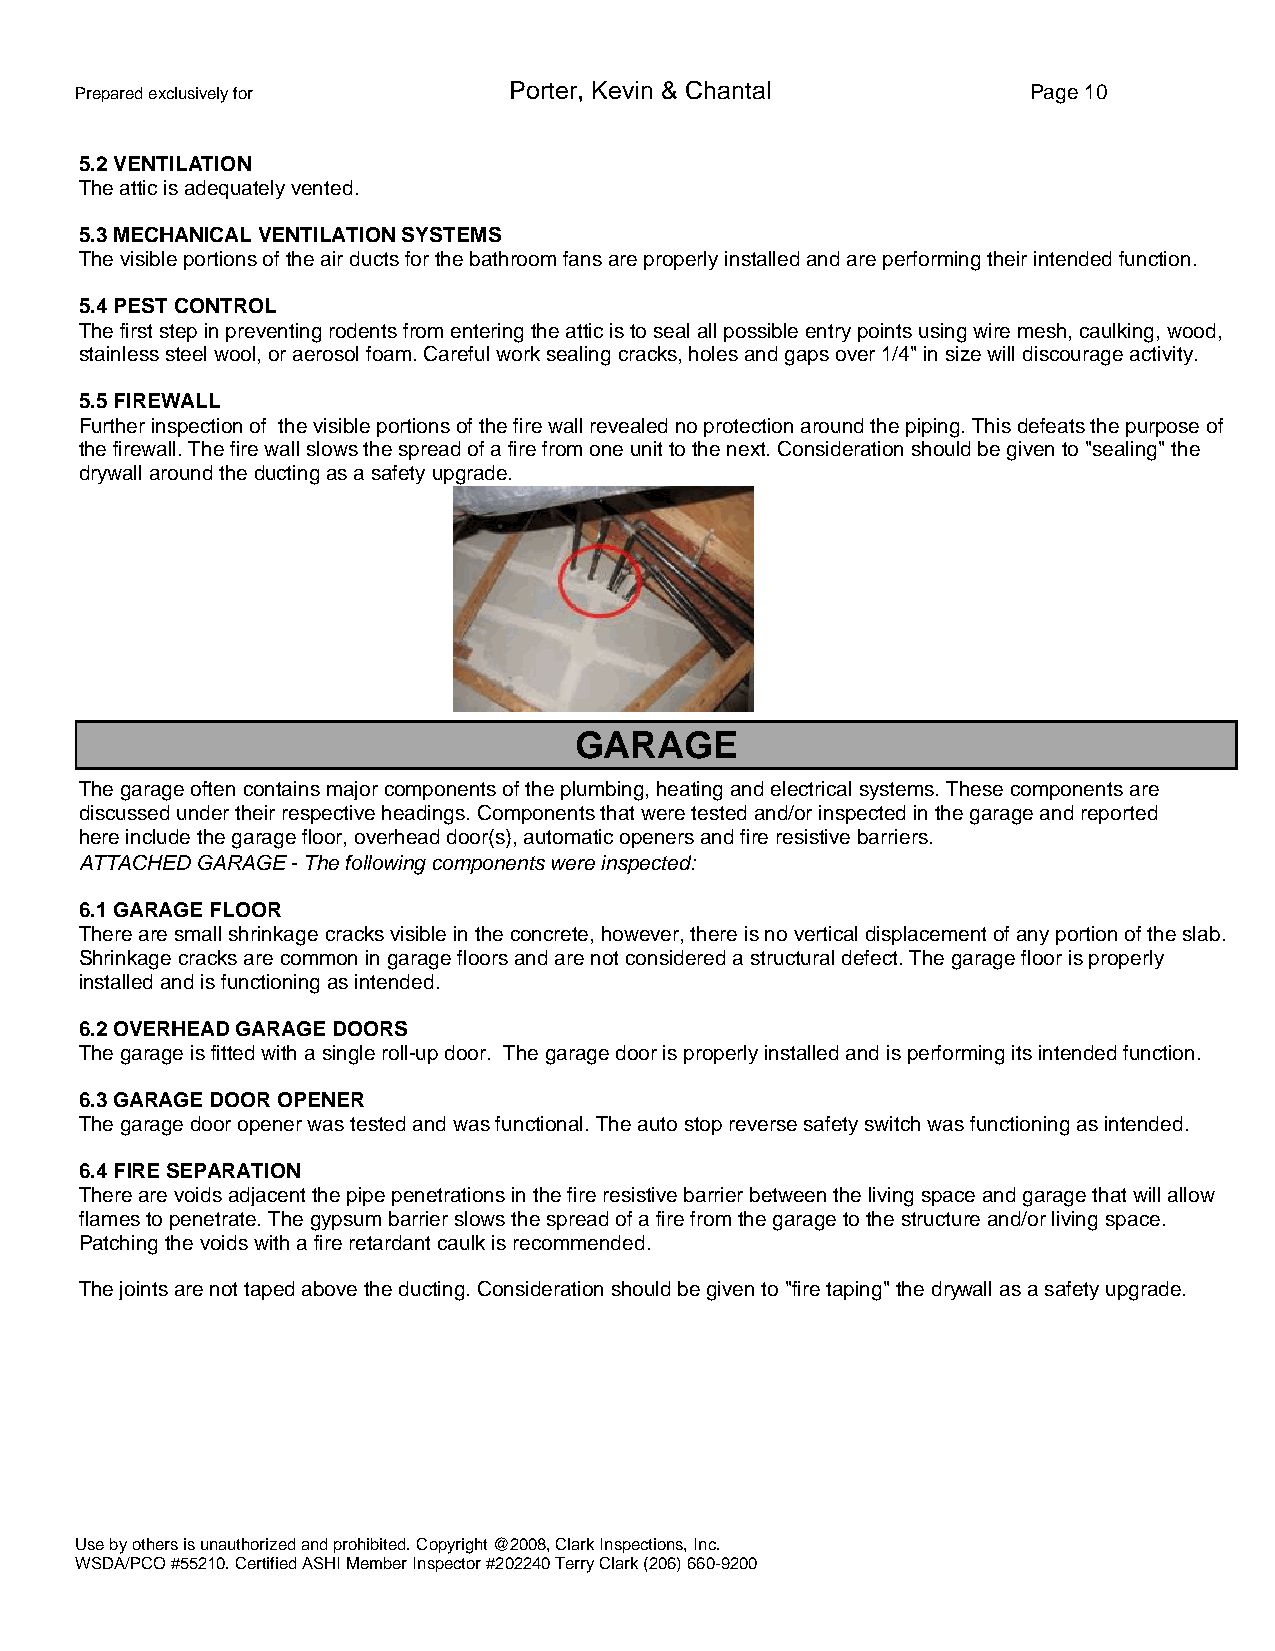
Prepared exclusively for     Porter, Kevin & Chantal           Page 10
 5.2 VENTILATION
 The attic is adequately vented.
 5.3 MECHANICAL VENTILATION SYSTEMS
 The visible portions of the air ducts for the bathroom fans are properly installed and are performing their intended function.
 5.4 PEST CONTROL
 The first step in preventing rodents from entering the attic is to seal all possible entry points using wire mesh, caulking, wood,
 stainless steel wool, or aerosol foam. Careful work sealing cracks, holes and gaps over 1/4" in size will discourage activity.
 5.5 FIREWALL
 Further inspection of the visible portions of the fire wall revealed no protection around the piping. This defeats the purpose of
 the firewall. The fire wall slows the spread of a fire from one unit to the next. Consideration should be given to "sealing" the
 drywall around the ducting as a safety upgrade.
 GARAGE
 The garage often contains major components of the plumbing, heating and electrical systems. These components are
 discussed under their respective headings. Components that were tested and/or inspected in the garage and reported
 here include the garage floor, overhead door(s), automatic openers and fire resistive barriers.
 ATTACHED GARAGE - The following components were inspected:
 6.1 GARAGE FLOOR
 There are small shrinkage cracks visible in the concrete, however, there is no vertical displacement of any portion of the slab.
 Shrinkage cracks are common in garage floors and are not considered a structural defect. The garage floor is properly
 installed and is functioning as intended.
 6.2 OVERHEAD GARAGE DOORS
 The garage is fitted with a single roll-up door. The garage door is properly installed and is performing its intended function.
 6.3 GARAGE DOOR OPENER
 The garage door opener was tested and was functional. The auto stop reverse safety switch was functioning as intended.
 6.4 FIRE SEPARATION
 There are voids adjacent the pipe penetrations in the fire resistive barrier between the living space and garage that will allow
 flames to penetrate. The gypsum barrier slows the spread of a fire from the garage to the structure and/or living space.
 Patching the voids with a fire retardant caulk is recommended.
 The joints are not taped above the ducting. Consideration should be given to "fire taping" the drywall as a safety upgrade.
 Use by others is unauthorized and prohibited. Copyright @2008, Clark Inspections, Inc.
 WSDA/PCO #55210. Certified ASHI Member Inspector #202240 Terry Clark (206) 660-9200